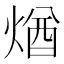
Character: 煪